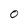
Character: O